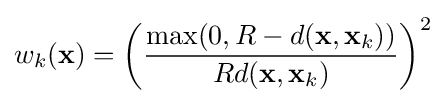
w_{k}(\mathbf {x} )=\left({\frac {\max(0,R-d(\mathbf {x} ,\mathbf {x} _{k}))}{Rd(\mathbf {x} ,\mathbf {x} _{k})}}\right)^{2}